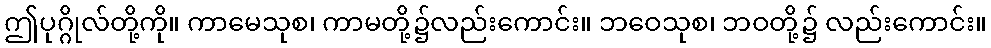
ဤပုဂ္ဂိုလ်တို့ကို။ ကာမေသုစ၊ ကာမတို့၌လည်းကောင်း။ ဘဝေသုစ၊ ဘဝတို့၌ လည်းကောင်း။